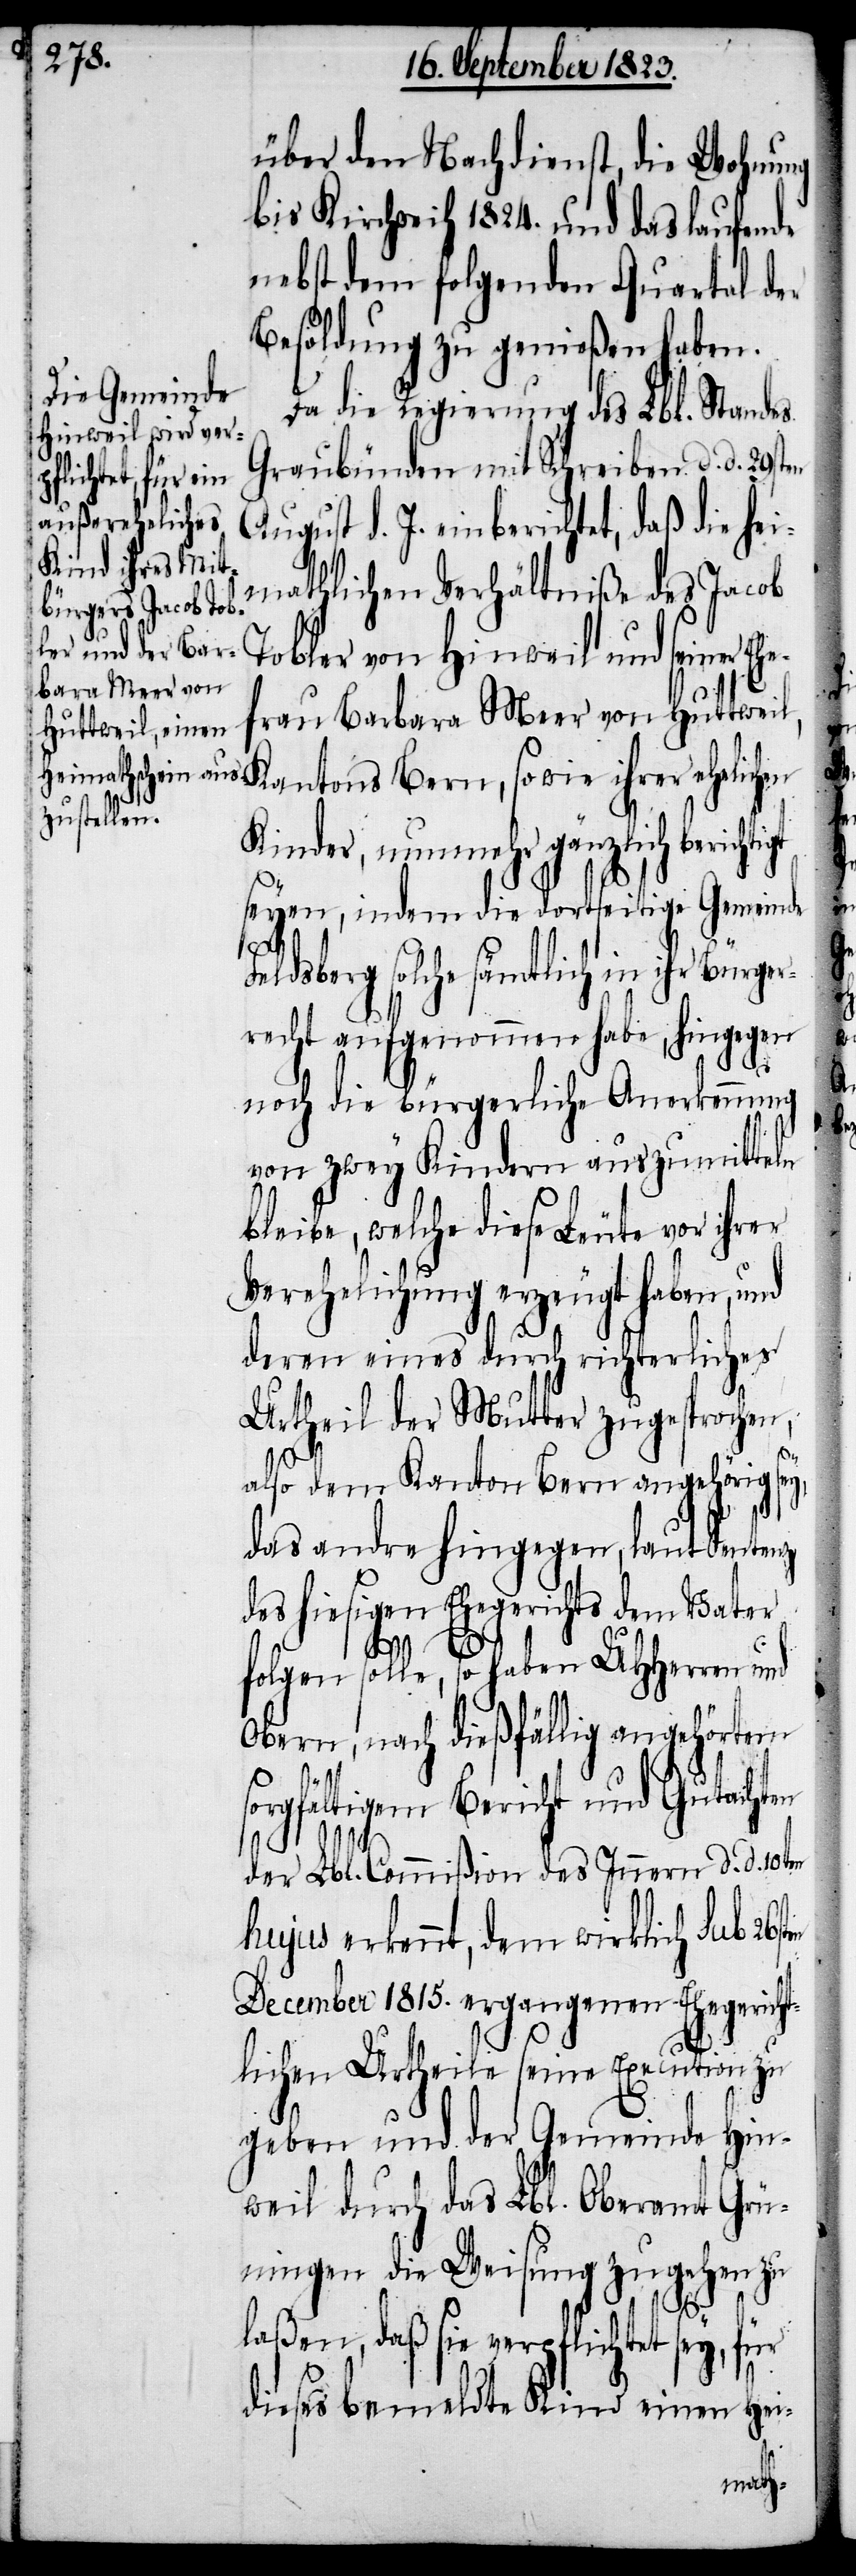
über den Nachdienst, die Wohnung
bis Kirchweih 1824. und das laufende
nebst dem folgenden Quartal der
Besoldung zu genießen haben.
Da die Regierung des Lbl. Standes
Graubünden mit Schreiben d. d. 29sten
rer ehelichen
gust d. J. einberichtet, daß die hei¬
mathlichen Verhältniße des Jacob
Bern, sowie ih¬
Tobler von Hinweil und seiner
rau Barbara Meer von Huttweil,
en
Kinder, nunmehr gänzlich berichti¬
seyen, indem die dortseitige Gemeinde
eldsberg solche sämtlich in ihr Bürge¬
rrecht aufgenommen habe, hingegen
noch die bürgerliche Anerkennung
von zwey Kindern auszumitteln
bleibe, welche diese Leute vor ihrer
Verehelichung erzeugt haben, und
deren eines durch richterliches
Urtheil der Mutter zugesprochen,
F¬
also dem Kanton Bern angehörig sey,
das andre hingegen, laut Sentenz
des hiesigen Ehegerichts dem Vater
folgen solle, so haben UHHerren und
Obern, nach dießfällig angehörtem
orgfältigem Bericht und Gutachten
der Lbl. Commißion des Innern d. d. 10ten
hujus erkennt, dem wirklich sub 26st¬
December 1815. ergangenen Ehegerich¬
tlichen Urtheile seine Execution zu
geben und der Gemeinde Hin¬
weil durch das Lbl. Oberamt Grü¬
ningen die Weisung zugehen zu
laßen, daß sie verpflichtet sey,
dieses bemeldte Kind einen Hei-